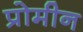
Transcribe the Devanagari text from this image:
प्रोमीन